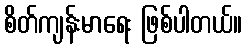
စိတ်ကျန်းမာရေး ဖြစ်ပါတယ်။